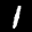
Label: 1